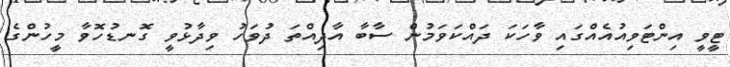
ޓީވީ އިންޓަވިއުއެއްގައި ވާހަކަ ދައްކަވަމުން ސާބާ އާދިއްތަ ދުވަހު ވިދާޅުވީ ގޮނޑުހޮވާ މީހުންގެ